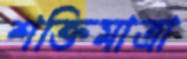
শক্তিমাত্রা